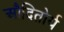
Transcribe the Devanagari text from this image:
औदितोर्य